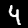
Label: 4